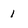
Character: 1